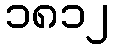
၁၈၁၂